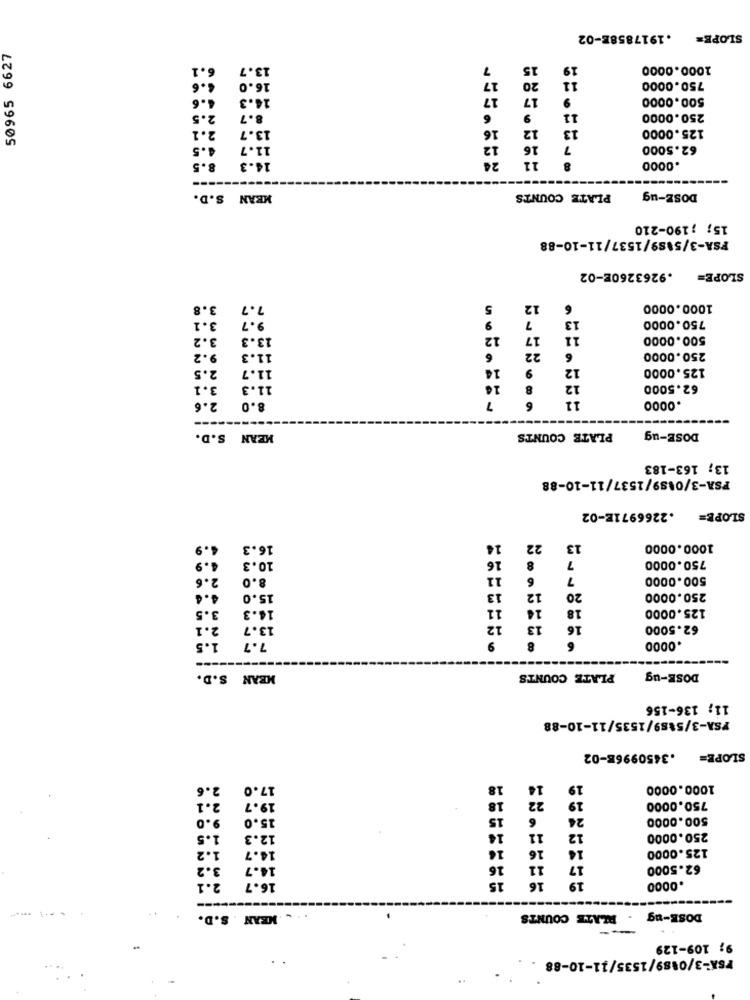
.1917858E-02
SLOPE=
50965 6627
6.1
13.7
15
19
1000.0000
6.6
11
16.0
20
750.0000
4.6
14.3
17
17
9
500.0000
2.5
8.7
9
11
250.0000
2.1
13.7
16
12
13
125.0000
4.5
11.7
12
16
7
62.5000
24
11
8
8.5
14.3
.0000
--
MEAN S.D.
PLATE COUNTS
DOSE-ug
15; ; 190-210
FSA-3/5489/1537/11-10-88
.9263260E-02
SLOPE=
3.8
7.7
5
12
6
1000.0000
3.1
9.7
9
13
750.0000
3.2
13.3
12
17
11
500.0000
6
22
9.2
11.3
6
250.0000
2.5
11.7
14
9
12
125.0000
3.1
11.3
8
12
62.5000
2.6
8.0
7
6
11
.0000
MEAN S.D.
PLATE COUNTS
DOSE-ug
13; 163-183
FSA-3/0489/1537/11-10-88
.2266971E-02
SLOPE=
4.9
16.3
16
22
13
1000.0000
16
10.3
7
750.0000
2.6
8.0
11
6
7
500.0000
15.0
13
12
20
250.0000
3.5
14.3
11
14
18
125.0000
2.1
13.7
12
13
16
62.5000
1.5
7.7
9
8
6
.0000
MEAN S.D.
PLATE COUNTS
DOSE-ug
11; 136-156
YSA-3/5&89/1535/11-10-88
.3450996E-02
SLOPE=
2.6
17.0
18
14
19
1000.0000
2.1
18
22
19
19.7
750.0000
9.0
15.0
15
6
24
500.0000
1.5
12.3
14
11
12
250.0000
1.2
14.7
16
16
16
125.0000
3.2
14.7
16
11
17
62.5000
16
2.1
16.7
15
19
.0000
MEAN . S.D.
. PLATE COUNTS
DOSE-ug
--
9; 109-129
FSX-3/0489/1535/11-10-88 .